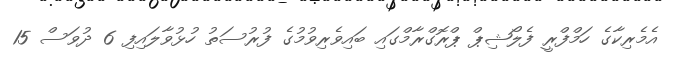
އެމެރިކާގެ ހަމްފްރީ ފެލޯޝިޕް ޕްރޮގްރާމްގައި ބައިވެރިވުމުގެ ފުރުސަތު ހުޅުވާލައިފި 6 ދުވަސް 15